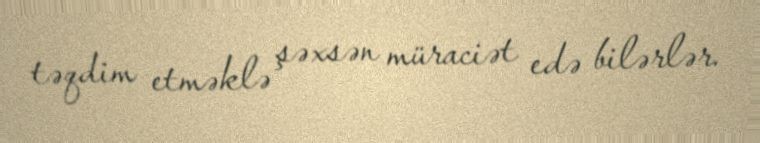
təqdim etməklə şəxsən müraciət edə bilərlər.